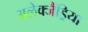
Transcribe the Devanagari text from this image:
अलेक्जैंड्रिया